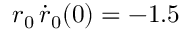
r _ { 0 } \, \dot { r } _ { 0 } ( 0 ) = - 1 . 5